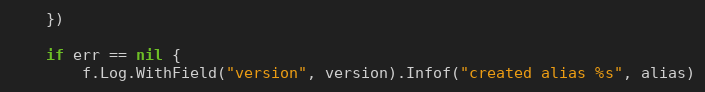
Language: Go
	})

	if err == nil {
		f.Log.WithField("version", version).Infof("created alias %s", alias)